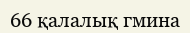
66 қалалық гмина